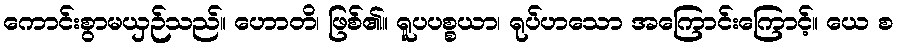
ကောင်းစွာမယှဉ်သည်။ ဟောတိ၊ ဖြစ်၏။ ရူပပစ္စယာ၊ ရုပ်ဟသော အကြောင်းကြောင့်။ ယေ စ